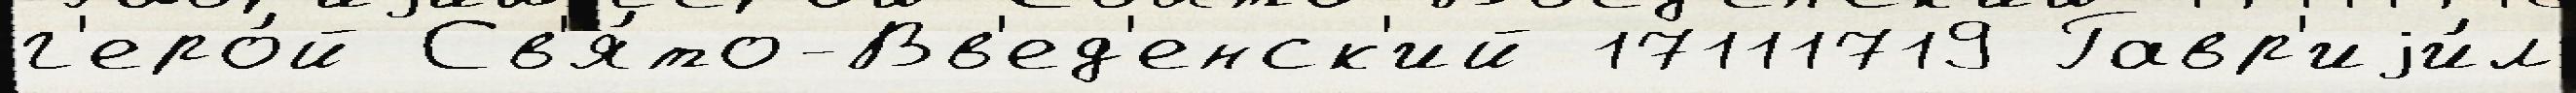
г'еро́й Св'я́то-Вв'ед'енск'ий 17111719 Гавр'иjи́л